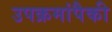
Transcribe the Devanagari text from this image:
उपक्रमांपैकी